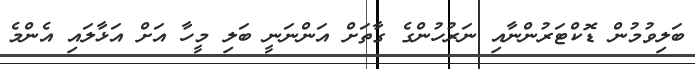
ބަލިވުމުން ޑޮކްޓަރުންނާއި ނަރުހުންގެ ގާތަށް އަންނަނީ ބަލި މީހާ އަށް އަޅާލައި އެންމެ